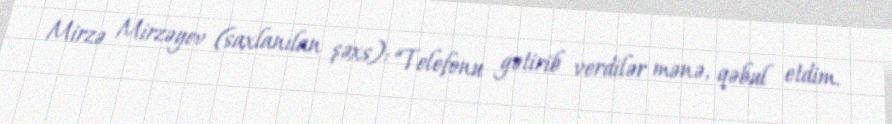
Mirzə Mirzəyev (saxlanılan şəxs): “Telefonu gətirib verdilər mənə, qəbul etdim.